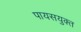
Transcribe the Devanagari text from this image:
पायसयुक्त